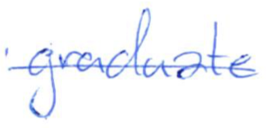
Text: graduate
Cross-out: single-line
Writing tool: ballpoint